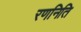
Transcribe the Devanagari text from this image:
रणनिति